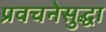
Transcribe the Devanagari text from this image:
प्रवचनेसुद्धा